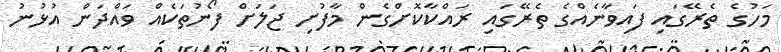
މަހުގެ ތެރޭގައި ފައިވާނެއްގެ ތެރޭގައި ރައްކާކޮށްގެން މާފުށި ޖަލަށް ފޯނުތަކެއް ވައްދަން އުޅުނު